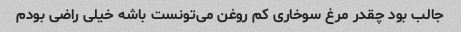
جالب بود چقدر مرغ سوخاری کم روغن می‌تونست باشه خیلی راضی بودم